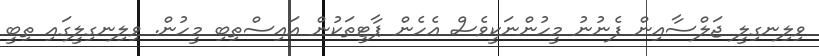
ވިލިނގިލީ ޖަލްސާއިން ފެނުނު މީހުންނަކީވެސް އެހެން ޕާޓީތަކުން އައިސްތިބި މީހުން. ވިލިނގިލީގައި ތިބީ